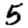
Digit: 5